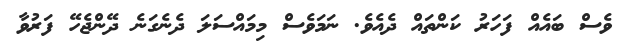
ވެސް ބައެއް ފަހަރު ކަންތައް ދެއެވެ. ނަމަވެސް މިމައްސަލަ ދެނެގަނެ ދޭންޖެހޭ ފަރުވާ